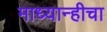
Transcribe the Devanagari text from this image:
माध्यान्हीचा